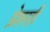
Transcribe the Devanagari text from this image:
प्रेशरही